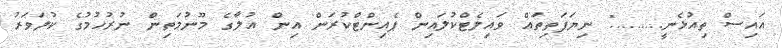
އައިސް ތިއުޅެނީ........." ނިޔަފަތިތައް ވައިލެޓްކުލައިން ޕެއިންޓްކުރަން އިން އުލާގެ މޫނުމަތިން ނުރުހުމުގެ ކުލަވަރު